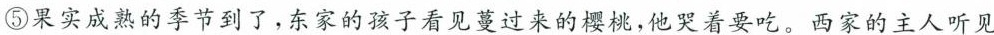
⑤果实成熟的季节到了，东家的孩子看见蔓过来的樱桃，他哭着要吃。西家的主人听见